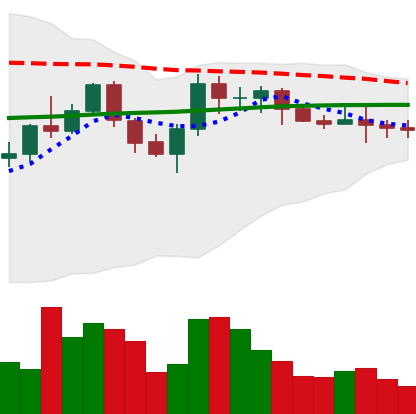
Ticker: XMR-USD
Chart end date: 2022-06-09
Forward return: -35.654%
Label: down_7plus